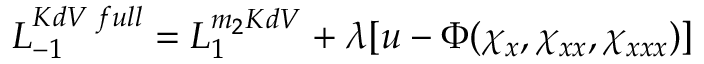
{ \cal L } _ { - 1 } ^ { K d V \; f u l l } = { \cal L } _ { 1 } ^ { m _ { 2 } K d V } + \lambda [ u - \Phi ( \chi _ { x } , \chi _ { x x } , \chi _ { x x x } ) ]